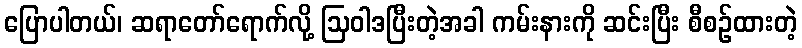
ပြောပါတယ်၊ ဆရာတော်ရောက်လို့ ဩဝါဒပြီးတဲ့အခါ ကမ်းနားကို ဆင်းပြီး စီစဉ်ထားတဲ့